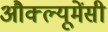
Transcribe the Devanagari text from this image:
औक्ल्यूमेंसी